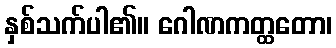
နှစ်သက်ပါ၏။ ဂေါဏကတ္ထတော၊